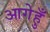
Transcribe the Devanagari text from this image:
आगेहुँ